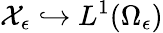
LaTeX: \mathcal{X}_{\epsilon}\hookrightarrow L^{1}(\Omega_{\epsilon})